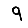
Digit: 9